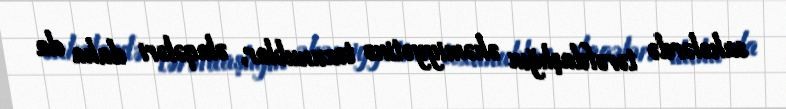
sahələrdə tərəfdaşlığın əhəmiyyətinə toxunublar, əlaqələri daha da